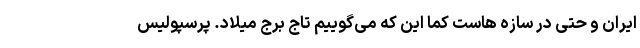
ایران و حتی در سازه هاست کما این که می‌گوییم تاجِ برج میلاد. پرسپولیس